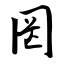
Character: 罔